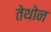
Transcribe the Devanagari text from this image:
तेथोन